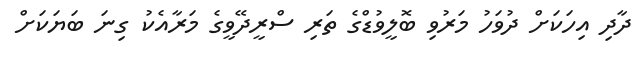
ދާދި އިހަކަށް ދުވަހު މަރުވި ބޮލީވުޑްގެ ތަރި ސްރީދޭވީގެ މަރާއެކު ގިނަ ބަޔަކަށް